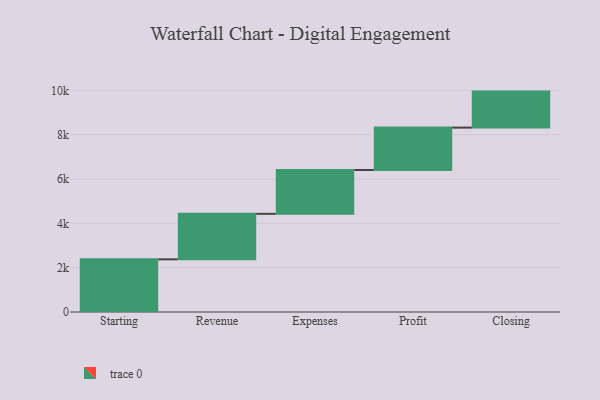
{"axis": {"x": "Step", "y": "Value"}, "legend": [""], "data": [{"x": "Starting", "y": 2377.0, "type": ""}, {"x": "Revenue", "y": 2053.0, "type": ""}, {"x": "Expenses", "y": 1979.0, "type": ""}, {"x": "Profit", "y": 1913.0, "type": ""}, {"x": "Closing", "y": 1625.0, "type": ""}]}